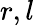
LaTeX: r,l